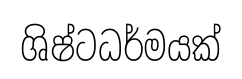
ශිෂ්ටධර්මයක්